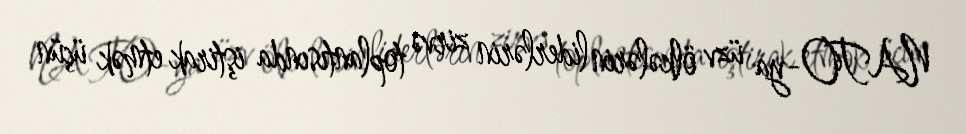
NATO-ya üzv ölkələrin liderlərin zirvə toplantısında iştirak etmək üçün